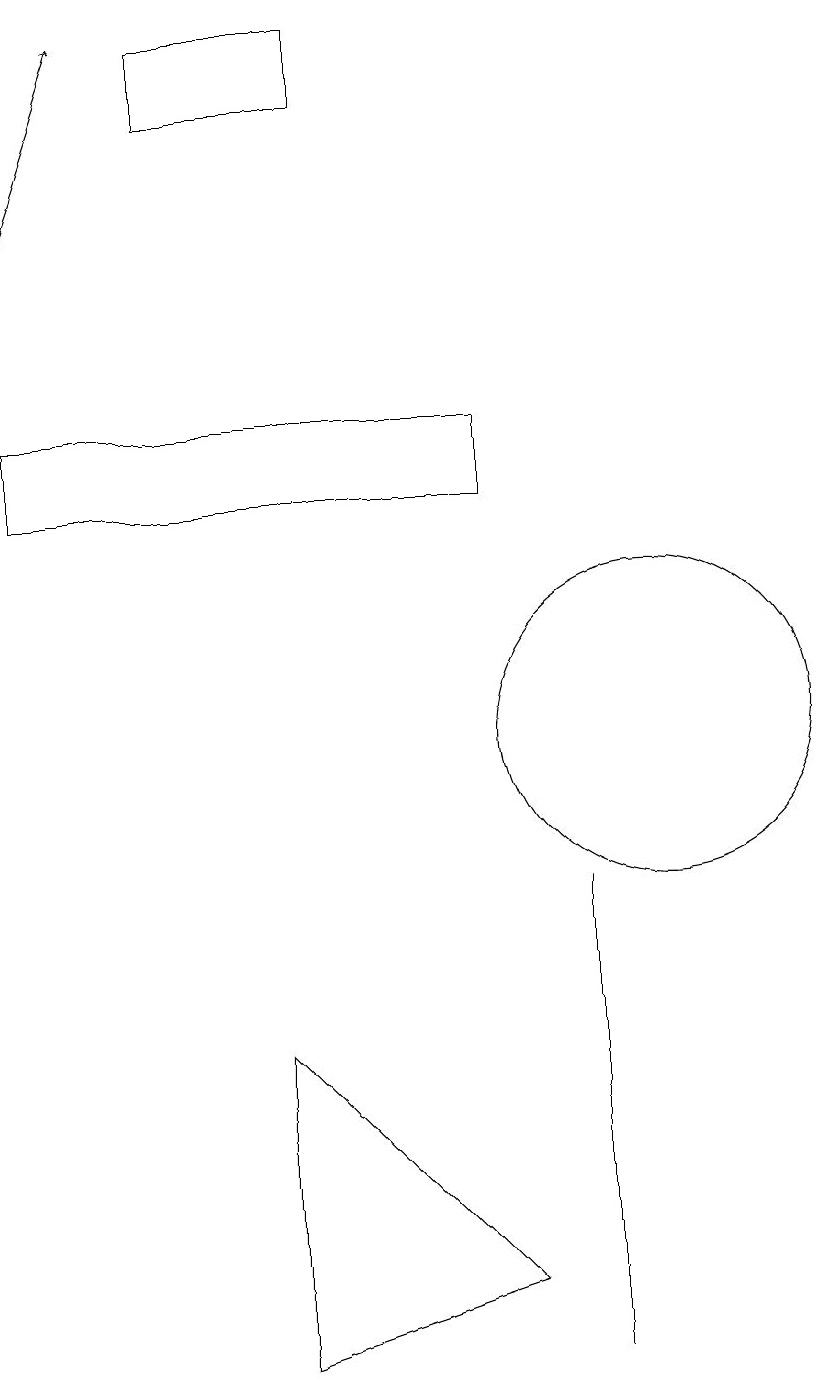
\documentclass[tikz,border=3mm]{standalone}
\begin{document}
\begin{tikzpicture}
\draw (8,3) -- (5,2) -- (5,6) -- cycle;
\draw (2,13) rectangle (8,14);
\draw[->] (2,16) -- (3,19);
\draw (6,18) rectangle (4,19);
\draw (9,8) -- (9,2) -- (9,2) -- cycle;
\draw (10,10) circle (2);
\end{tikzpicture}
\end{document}